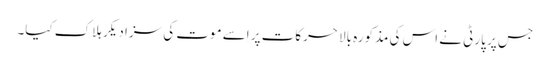
جس پر پارٹی نے اس کی مذکورہ بالا حرکات پر اِسے موت کی سزا دیکر ہلاک کیا۔